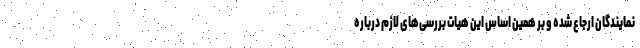
نمایندگان ارجاع شده و بر همین اساس این هیات بررسی‌های لازم درباره